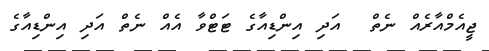
ޖީއެމްއާރެއް ނެތް  އަދި އިންޑިއާގެ ޓަޓްވާ އެއް ނެތް އަދި އިންޑިއާގެ